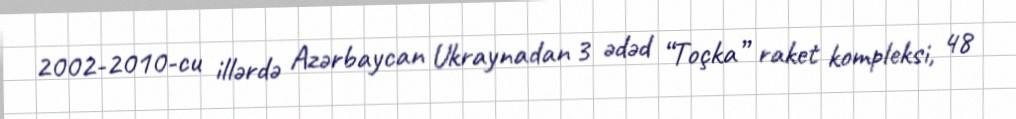
2002-2010-cu illərdə Azərbaycan Ukraynadan 3 ədəd “Toçka” raket kompleksi, 48